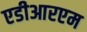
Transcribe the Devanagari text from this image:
एडीआरएम